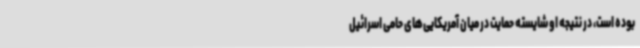
بوده است، در نتیجه او شایسته حمایت در میان آمریکایی‌های حامی اسرائیل